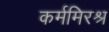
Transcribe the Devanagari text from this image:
कर्ममिरश्र